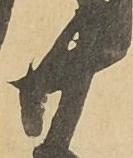
廿